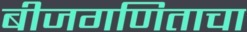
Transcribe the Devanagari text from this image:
बीजगणिताचा